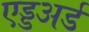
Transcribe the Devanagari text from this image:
एड्डअर्ड